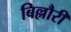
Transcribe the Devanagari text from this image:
बिल्लौरी